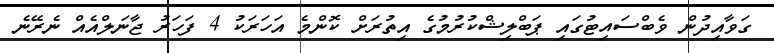
ގަވާއިދުން ވެބްސައިޓުގައި ޕަބްލިޝްކުރުމުގެ އިތުރަށް ކޮންމެ އަހަރަކު 4 ފަހަރު ޖާނަލްއެއް ނެރޭނެ